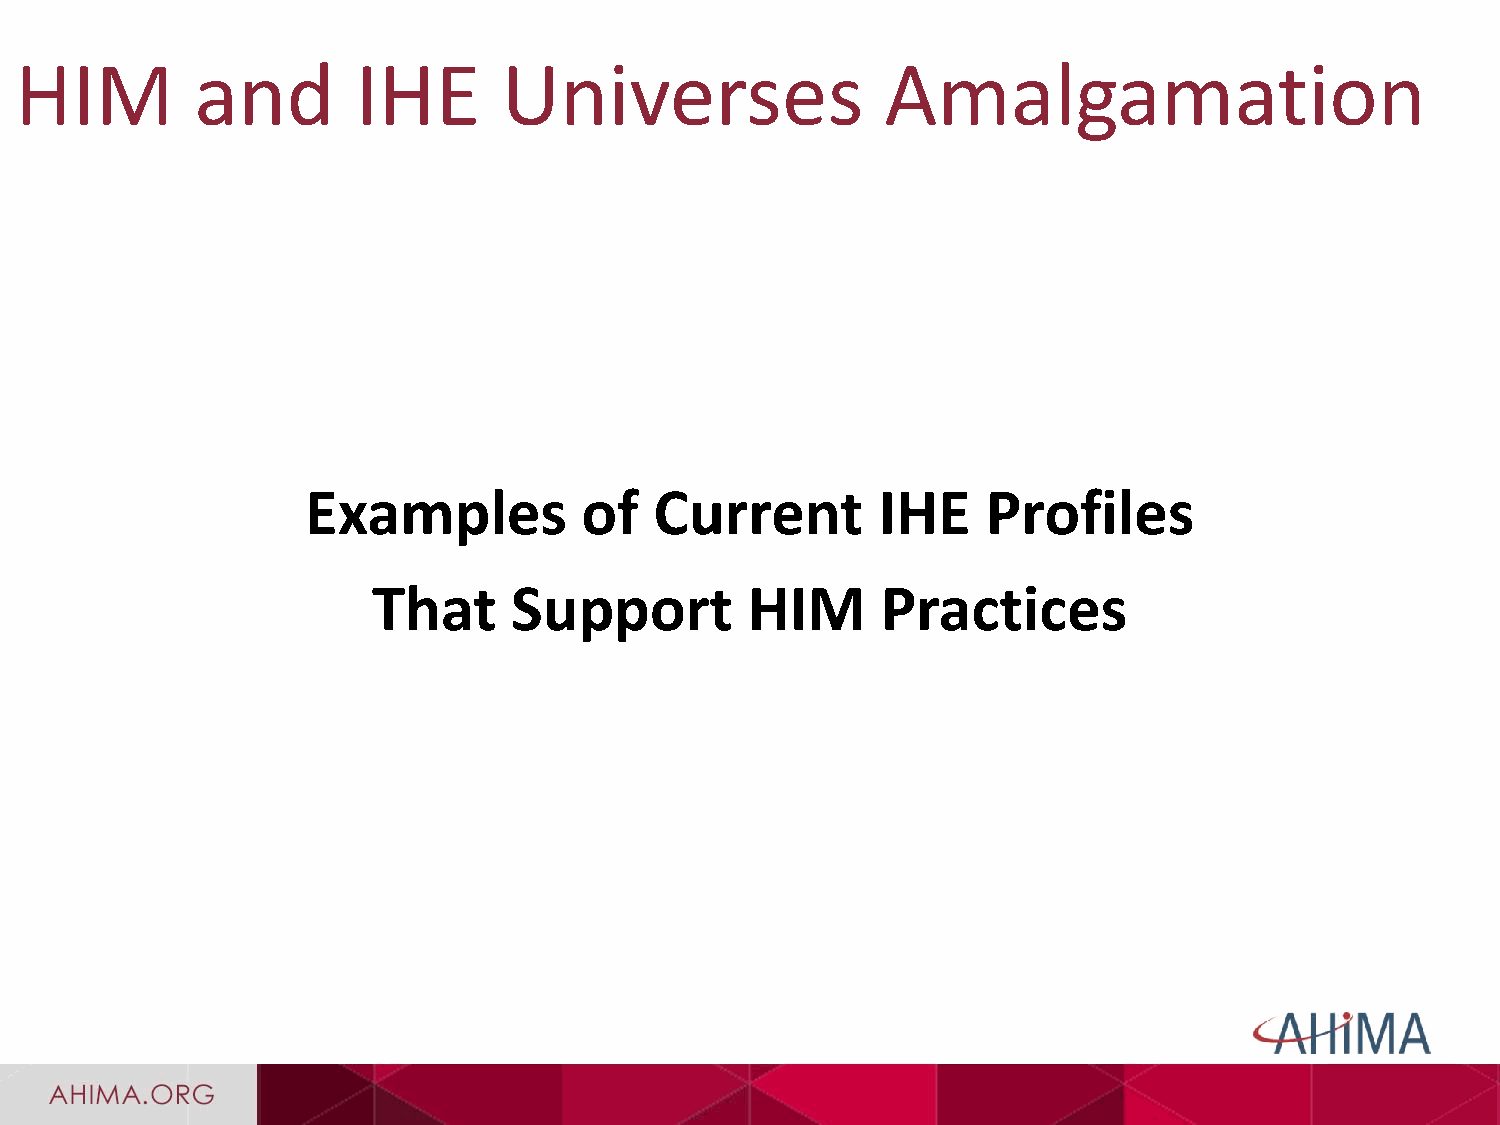
HIM         and        IHE      Universes                 Amalgamation
 Examples          of   Current        IHE    Profiles
 That     Support        HIM      Practices